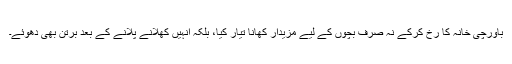
باورچی خانہ کا رُخ کرکے نہ صرف بچوں کے لیے مزیدار کھانا تیار کیا، بلکہ انہیں کھلانے پلانے کے بعد برتن بھی دھوئے۔